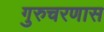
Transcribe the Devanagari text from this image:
गुरुचरणास